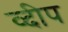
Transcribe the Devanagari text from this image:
व्दीप